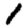
Digit: 1